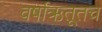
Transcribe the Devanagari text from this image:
वर्षाऋतूतच